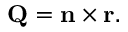
\mathbf { Q } = \mathbf { n } \times \mathbf { r } .